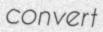
convert